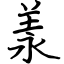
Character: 羕